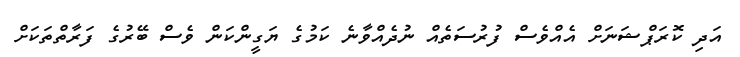
އަދި ކޮރަޕްޝަނަށް އެއްވެސް ފުރުސަތެއް ނުދެއްވާނެ ކަމުގެ ޔަގީންކަން ވެސް ބޭރުގެ ފަރާތްތަކަށް